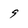
Character: 9